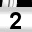
Digit: 2